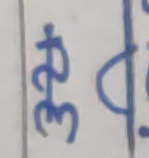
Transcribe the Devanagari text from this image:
३